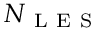
N _ { \mathrm { ~ L ~ E ~ S ~ } }